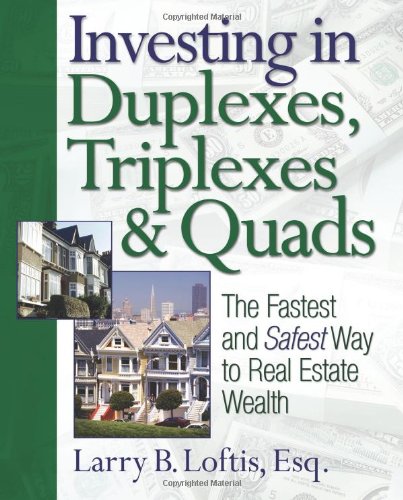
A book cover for Investing in Duplexes, Triplexes, and Quads: The Fastest and Safest Way to Real Estate Wealth; Larry B. Loftis; Business & Money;